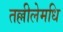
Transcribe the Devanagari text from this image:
तल्लीलेमधि